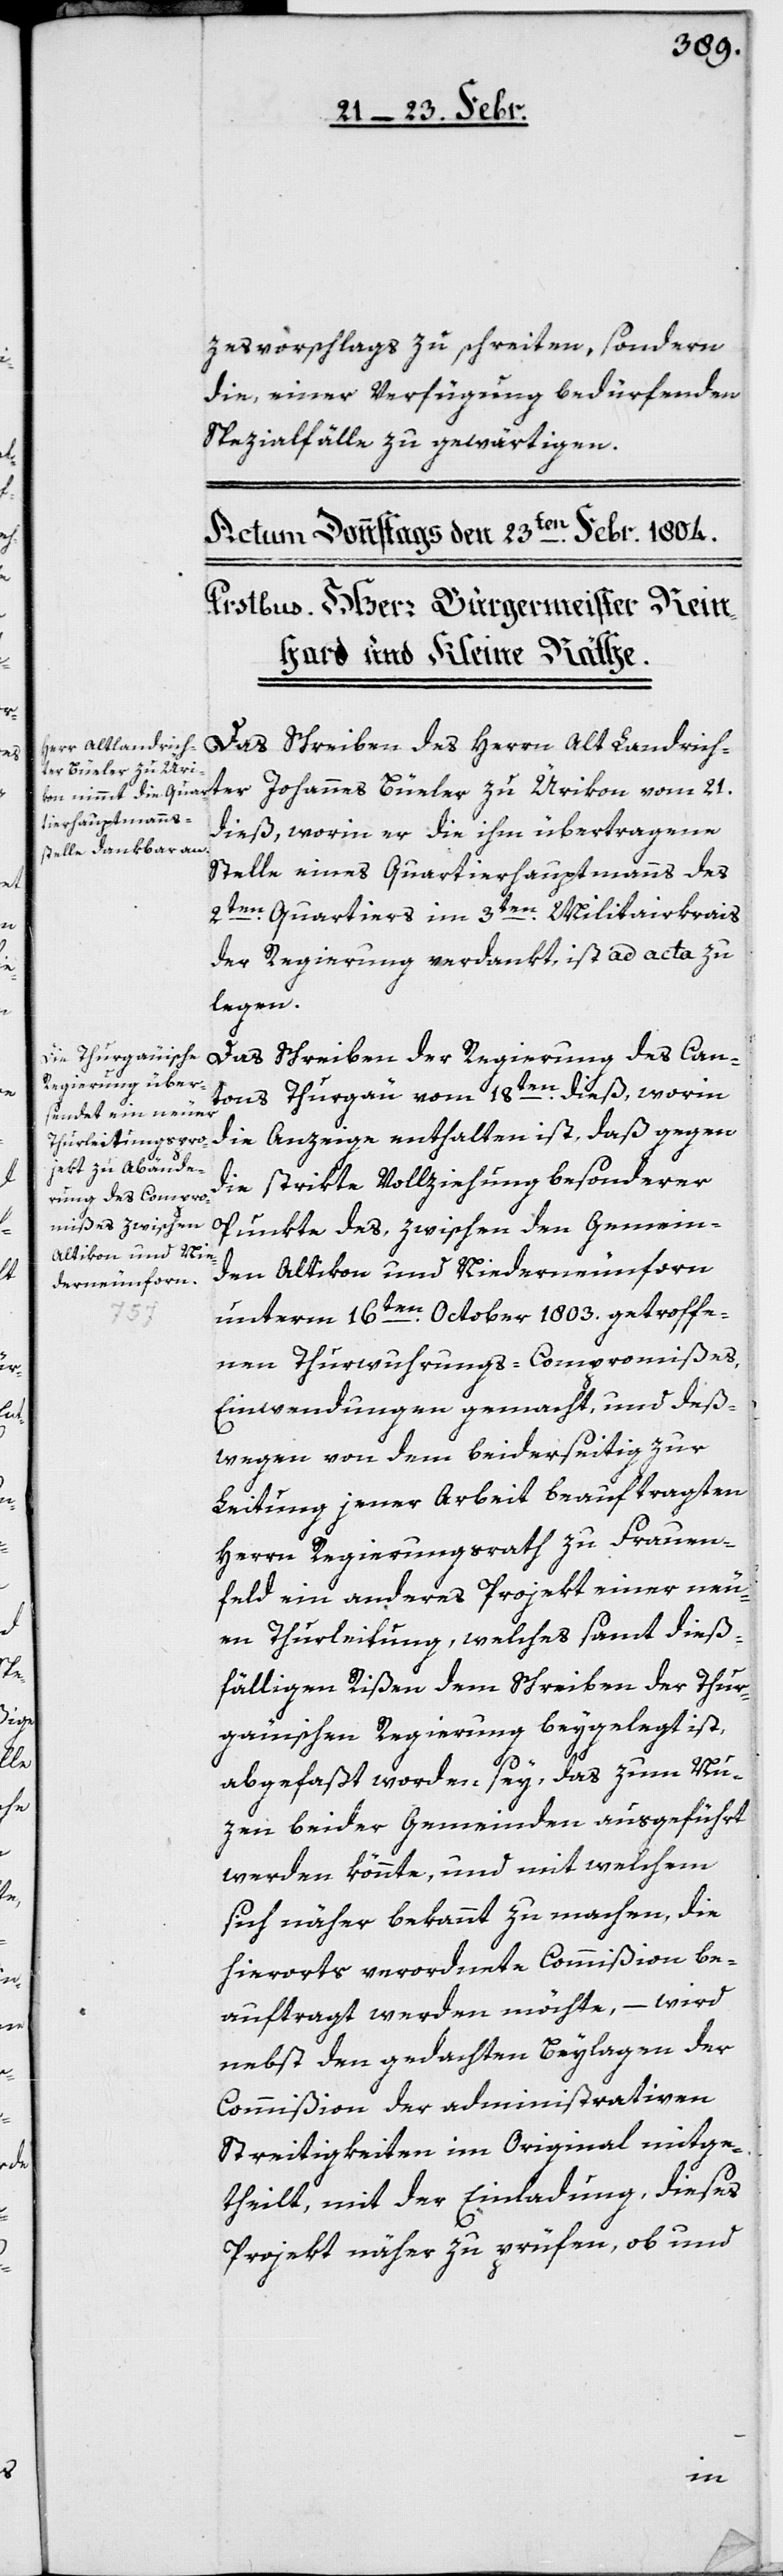
zesvorschlags zu schreiten, sondern
die, einer Verfügung bedürfenden
Spezialfälle zu gewärtigen.
Das Schreiben des Herrn Alt Landrich¬
ter Johannes Büeler zu Ürikon vom 21.
dieß, worin er die ihm übertragene
Stelle eines Quartierhauptmanns des
2ten. Quartiers im 3ten. Militairkreis
der Regierung verdankt, ist ad acta zu
legen.
Das Schreiben der Regierung des Can¬
tons Thurgäu vom 18ten. dieß, worin
die Anzeige enthalten ist, daß gegen
die strikte Vollziehung besonderer
Punkte des, zwischen den Gemein¬
den Altikon und Niederneunforn
unterm 16ten. October 1803. getroffe¬
nen Thurwuhrungs-Compromißes,
Einwendungen gemacht, und deß¬
wegen von dem beiderseitig zur
Leitung jener Arbeit beauftragten
Herrn Regierungsrath zu Frauen¬
feld ein anderes Projekt einer neu¬
en Thurleitung, welches samt dieß¬
fälligen Rißen dem Schreiben der Thur¬
gäuischen Regierung beygelegt ist,
abgefaßt worden sey, das zum Nu¬
zen beider Gemeinden ausgeführt
werden könnte, und mit welchem
sich näher bekannt zu machen, die
hierorts verordnete Commißion be¬
auftragt werden möchte, – wird
nebst den gedachten Beylagen der
Commißion der administrativen
Streitigkeiten im Original mitge¬
theilt, mit der Einladung, dieses
Projekt näher zu prüfen, ob und